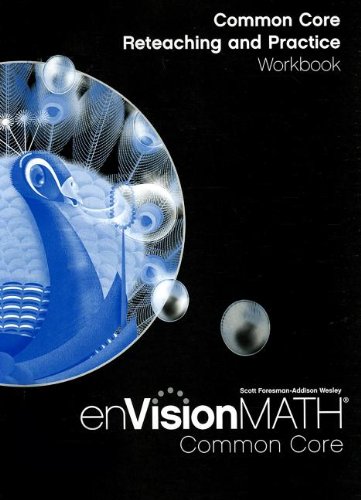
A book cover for MATH 2012 COMMON CORE RETEACHING AND PRACTICE WORKBOOK GRADE 5; Scott Foresman; Education & Teaching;